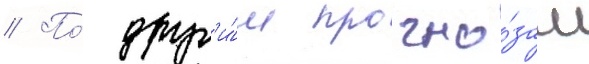
// По́ друг'и́м прогно́зам